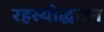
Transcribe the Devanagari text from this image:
रहस्योद्धाटन